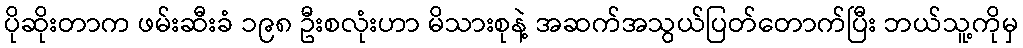
ပိုဆိုးတာက ဖမ်းဆီးခံ ၁၉၈ ဦးစလုံးဟာ မိသားစုနဲ့ အဆက်အသွယ်ပြတ်တောက်ပြီး ဘယ်သူ့ကိုမှ